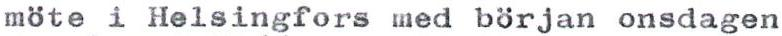
möte i Helsingfors med början onsdagen